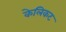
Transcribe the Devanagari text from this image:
केलिकट